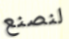
لنصنع